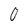
Character: 0